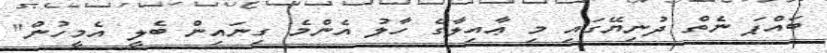
ބައްޕަ ނެތް ދުނިޔޭގައި މި ޢާއިލާގެ ހާލު އެންމެ ގިނައިން ބެލީ އެމީހުން"